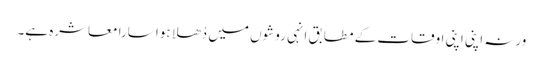
ورنہ اپنی اپنی اوقات کے مطابق انہی روشوں میں دُھلا ہوا سارا معاشرہ ہے۔